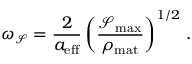
\omega _ { \mathcal { S } } = \frac { 2 } { a _ { \mathrm { e f f } } } \left( \frac { \mathcal { S } _ { \mathrm { m a x } } } { \rho _ { \mathrm { m a t } } } \right) ^ { 1 / 2 } \, .